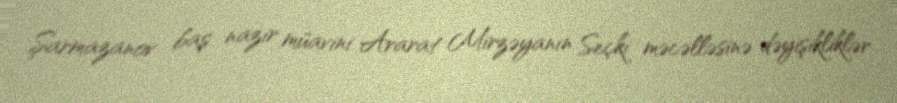
Şarmazanov baş nazir müavini Ararat Mirzəyanın Seçki məcəlləsinə dəyişikliklər